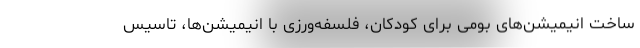
ساخت انیمیشن‌های بومی برای کودکان، فلسفه‌ورزی با انیمیشن‌ها، تاسیس